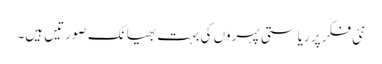
نئی فکر پر ریاستی پہروں کی بہت بھیانک صورتیں ہیں۔